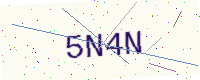
Text: 5N4N